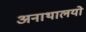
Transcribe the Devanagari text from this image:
अनाथालयो